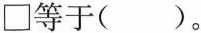
\Box 等于( )。